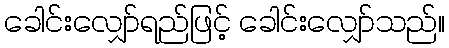
ခေါင်းလျှော်ရည်ဖြင့် ခေါင်းလျှော်သည်။